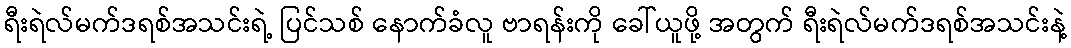
ရီးရဲလ်မက်ဒရစ်အသင်းရဲ့ ပြင်သစ် နောက်ခံလူ ဗာရန်းကို ခေါ်ယူဖို့ အတွက် ရီးရဲလ်မက်ဒရစ်အသင်းနဲ့